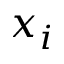
x _ { i }